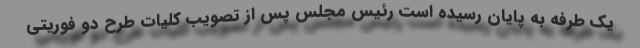
یک طرفه به پایان رسیده است رئیس مجلس پس از تصویب کلیات طرح دو فوریتی